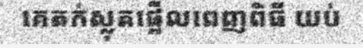
គេតក់ស្លុតផ្អើលពេញពិធី យប់